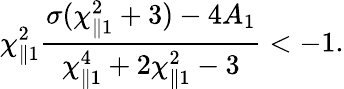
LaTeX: \chi_{\parallel 1}^{2}\frac{\sigma(\chi_{\parallel 1}^{2}+3)-4A_{1}}{\chi_{\parallel 1}^{4}+2\chi_{\parallel 1}^{2}-3}<-1.